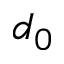
d _ { 0 }